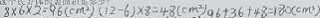
8 \times 6 \times 2 = 9 6 ( c m ^ { 2 } ) ( 1 2 - 6 ) \times 8 = 4 8 ( c m ^ { 2 } ) 9 6 + 3 6 + 4 8 = 1 8 0 ( c m ^ { 2 } )